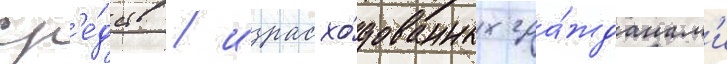
ср'е́дств / израсхо́дованных гра́жданам'и